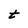
Character: t